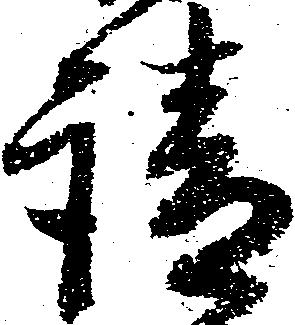
請